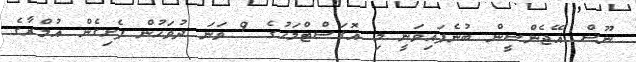
ނޫސް އޭޖެންސީން ބުނެފައިވަނީ މި އޮގަސްޓްމަހުގެ 9 ވަނަ ދުވަހުން ފެށިގެން އުމްރާގެ